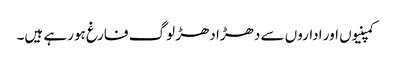
کمپنیوں اور اداروں سے دھڑا دھڑ لوگ فارغ ہورہے ہیں۔